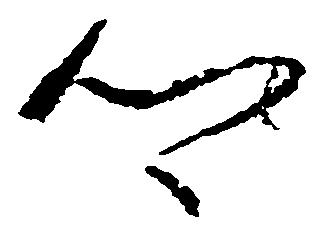
郷